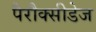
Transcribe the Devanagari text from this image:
पैरौक्सीडेज